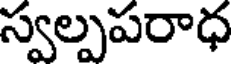
స్వల్పపరాధ